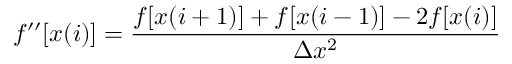
f ^ { \prime \prime } [ x ( i ) ] = \frac { f [ x ( i + 1 ) ] + f [ x ( i - 1 ) ] - 2 f [ x ( i ) ] } { \Delta x ^ { 2 } }